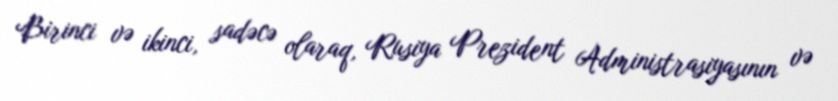
Birinci və ikinci, sadəcə olaraq, Rusiya Prezident Administrasiyasının və